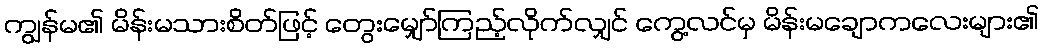
ကျွန်မ၏ မိန်းမသားစိတ်ဖြင့် တွေးမျှော်ကြည့်လိုက်လျှင် ကွေ့လင်မှ မိန်းမချောကလေးများ၏